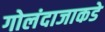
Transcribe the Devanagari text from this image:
गोलंदाजाकडे